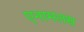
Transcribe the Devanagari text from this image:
एनामलस